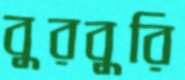
বুরবুরি